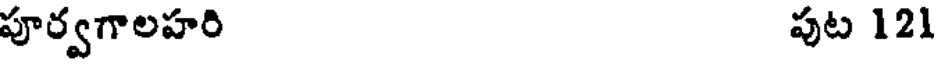
పూర్వగాలహరి పుట 121